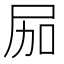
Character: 𱚶